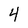
Character: 4